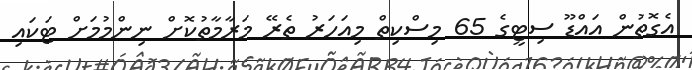
އެގޮތުން އައްޑޫ ސިޓީގެ 65 މިސްކިތް މިއަހަރު ތެރޭ މަރާމާތުކޮށް ނިންމުމަށް ޓަކައި